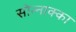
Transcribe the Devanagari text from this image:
सोन्नाक्का